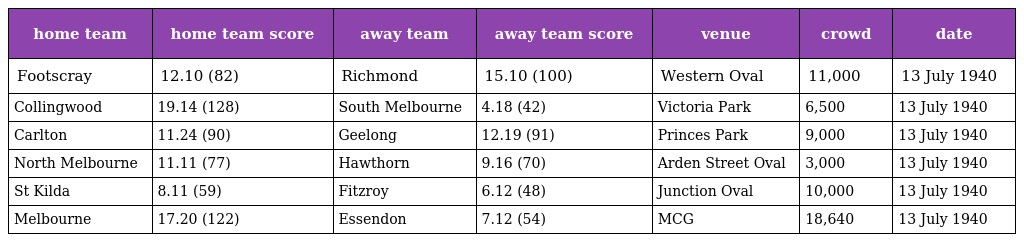
| home team | home team score | away team | away team score | venue | crowd | date |
 | --- | --- | --- | --- | --- | --- | --- |
 | Footscray | 12.10 (82) | Richmond | 15.10 (100) | Western Oval | 11,000 | 13 July 1940 |
 | Collingwood | 19.14 (128) | South Melbourne | 4.18 (42) | Victoria Park | 6,500 | 13 July 1940 |
 | Carlton | 11.24 (90) | Geelong | 12.19 (91) | Princes Park | 9,000 | 13 July 1940 |
 | North Melbourne | 11.11 (77) | Hawthorn | 9.16 (70) | Arden Street Oval | 3,000 | 13 July 1940 |
 | St Kilda | 8.11 (59) | Fitzroy | 6.12 (48) | Junction Oval | 10,000 | 13 July 1940 |
 | Melbourne | 17.20 (122) | Essendon | 7.12 (54) | MCG | 18,640 | 13 July 1940 |